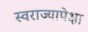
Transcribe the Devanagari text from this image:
स्वराज्यापेक्षा